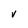
Character: V